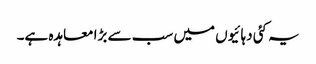
یہ کئی دہائیوں میں سب سے بڑا معاہدہ ہے۔